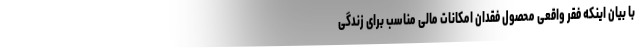
با بیان اینکه فقر واقعی محصول فقدان امکانات مالی مناسب برای زندگی